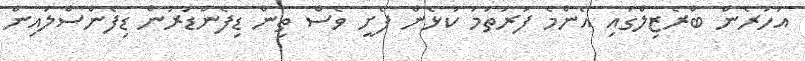
އަހަރެން ބްރެޒިލްގައި އެންމެ ފުރަތަމަ ކުޅެން ފެށީ ވެސް ތިން ޑިފެންޑަރުން ޑިފެންސްލައިން